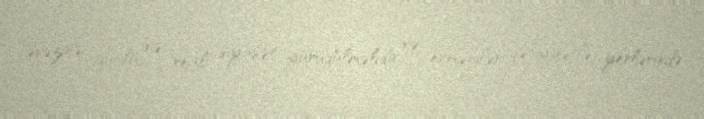
əvəzinə, güclü və real siyasət yürüdülməlidir və ermənilər qətiyyətlə yerlərində